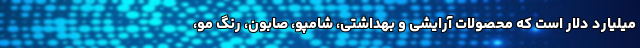
میلیارد دلار است که محصولات آرایشی و بهداشتی، شامپو، صابون، رنگ مو،